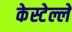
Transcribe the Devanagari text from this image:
केस्टेल्लें